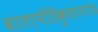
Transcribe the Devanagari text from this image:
बातएपेंडिकुलरगांठ